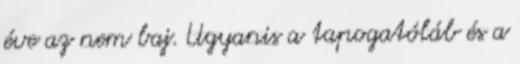
éve az nem baj. Ugyanis a tapogatóláb és a